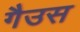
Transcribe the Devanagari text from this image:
गैउस